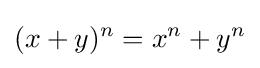
(x+y)^{n}=x^{n}+y^{n}